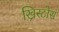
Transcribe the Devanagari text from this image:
ख्रिस्टोस